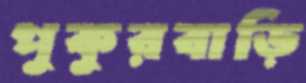
পুকুরবাড়ি